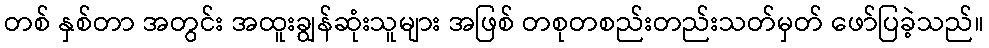
တစ် နှစ်တာ အတွင်း အထူးချွန်ဆုံးသူများ အဖြစ် တစုတစည်းတည်းသတ်မှတ် ဖော်ပြခဲ့သည်။